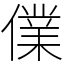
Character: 㒒